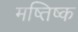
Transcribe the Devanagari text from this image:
मष्‍तिष्‍क